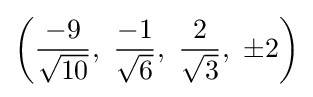
\left({\frac {-9}{\sqrt {10}}},\ {\frac {-1}{\sqrt {6}}},\ {\frac {2}{\sqrt {3}}},\ \pm 2\right)